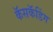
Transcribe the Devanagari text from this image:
कॅसकॅडिंग